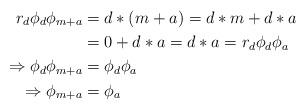
LaTeX: \begin{align*} r_d\phi_d\phi_{m+a} &= d * (m+a) = d*m+d*a \\ &= 0+d*a = d*a = r_d\phi_d\phi_a\\ \Rightarrow \phi_d\phi_{m+a} &= \phi_d\phi_a \\ \Rightarrow \phi_{m+a} &= \phi_a\end{align*}